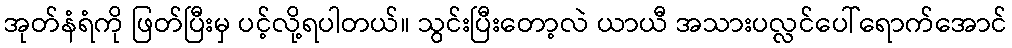
အုတ်နံရံကို ဖြတ်ပြီးမှ ပင့်လို့ရပါတယ်။ သွင်းပြီးတော့လဲ ယာယီ အသားပလ္လင်ပေါ်ရောက်အောင်